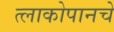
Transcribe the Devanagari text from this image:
त्लाकोपानचे